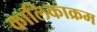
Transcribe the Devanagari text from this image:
कालिकाक्रम